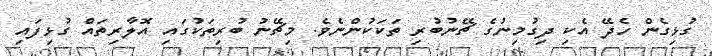
ގުޅިގެން ހެދޭ އެކި ދިގުމިނުގެ ޗޭނުބުރި ތަކަކުންނެވެ. މިޗޭނު ބުރިތަކުގައި އޮލާރިތައް ގުޅިފައި